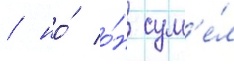
/ но́ о́н сум'е́л